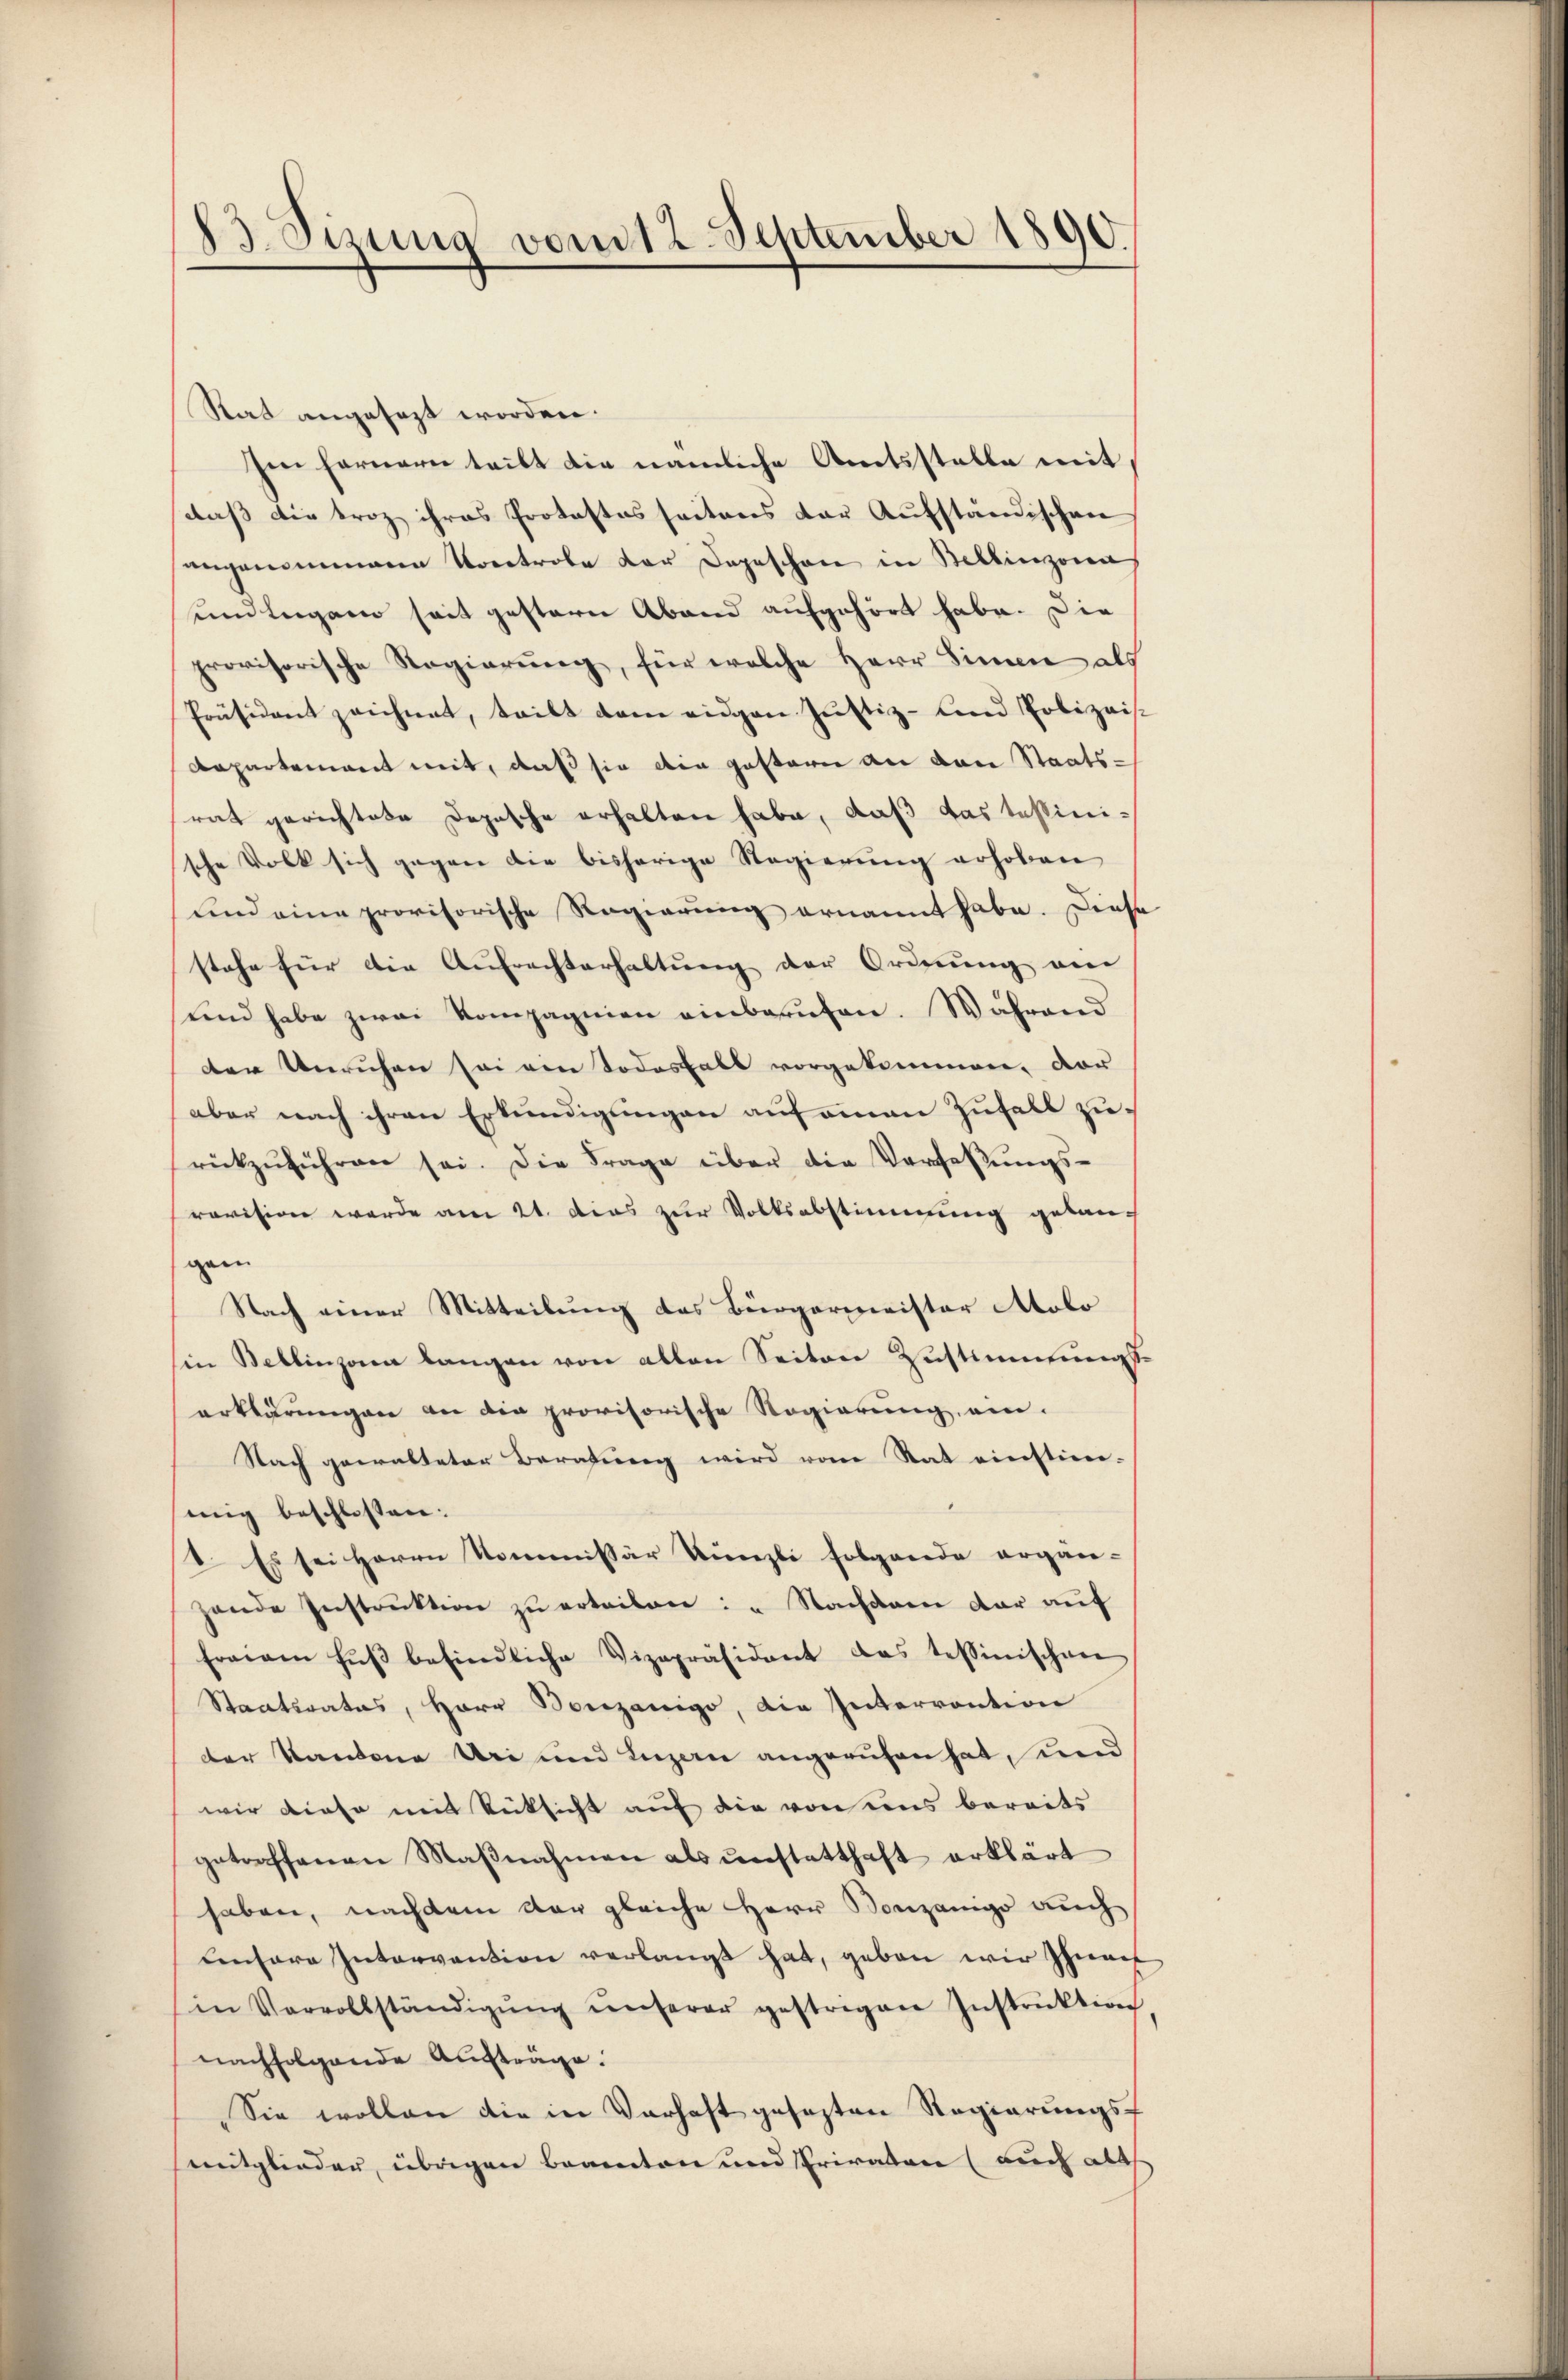
13. Sizung vom 12. September 1890.

Stat angesezt worden.
zen fernern teilt die nämliche Amtsstelle mit,
daß die troz ihres Protestos seitens der Aufständischen
angenommenen Koretrobe der Depeschon in Stellinzona
und legen seit gestern Abend aufgehört habe. Die
provisorische Regierung, für welche Herr Sinne als
Präsident zeichnet, teilt dem eidgen Justiz- und Polizeis
Departement mit, daß sie die gesterer die von Staats-
rat gerichtete Depesche erhalten habe, daß das tessinische Volk sich gegen die bisherige Regierung erhoben
und eine provisorische Regierung ernannt habe. Diese
stehe für die Aufrechterhaltŭng der Ordnung ein
ŭnd habe zwei Kompagnien einberufen. Während
der Unruhen sei ein Todesfall vorgekommen, dar
aber nach ihren Erkundigungen auf einen Zufall zurückzuführen sei. Die Frage über die Verfaßungsrevision werde am 21. dies zur Volksabstimmung getauch
gen
Nach einer Mitteilung das Bürgermeister Molo
sin Bellinzona langen von allen Seitere Zustimmungs-
erklärungen an die provisorische Regierung ein¬
Nach gewalteter Beratŭng wird vom Stat einstim-
mig beschlossen:
2. Es sei Herrn Kommissär Künzli folgende ergän-
hende Instrŭktion zŭ erteilen: " Nachdem dar auf
freiem Fŭβ befindliche Vizepräsident das tessinischen
Staatsrates, Herr Sonzanigo, die Interrention
der Kantone Uri und Luzern angerufen hat, und
wir diese mit Rücksicht auf die von uns bereits
getroffenen Maβnahmen als ŭnstatthaft erklärt
haben, nachdem der gleiche Herr Konzanigo auch
lentare Intervention verlangt hat, geben wir Ihne
in Vervollständigŭng ŭnserer gestrigen Instruktion
nachfolgende Aufträge.
Sie wollen die in Varhaft gesezten Regierungsmitglieder, übrigen Beamten und Privater (auch alle